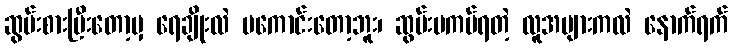
ဆွမ်းစားပြီးတော့မှ ရေချိုးလဲ မကောင်းတော့ဘူး၊ ဆွမ်းမကပ်ရတဲ့ လူအများကလဲ နောက်ရက်